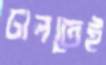
ঢালতেই